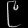
Digit: ၉